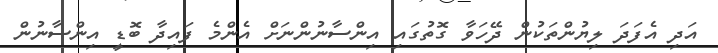
އަދި އެފަދަ ލިޔުންތަކުން ދޭހަވާ ގޮތުގައި އިންސާނުންނަށް އެންމެ ފައިދާ ބޮޑީ އިންސާނުން